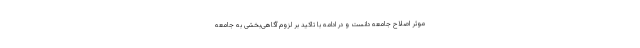
موثر اصلاح جامعه دانست و در ادامه با تاکید بر لزوم آگاهی‌بخشی به جامعه